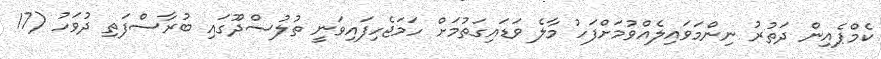
ކެމްޕެއިން ދަތުރު ނިންމަވައިލެއްވުމަށްފަހު މާލެ ވަޑައިގަތުމަށް ހަމަޖެހިފައިވަނީ ތުލުސްދޫގައި ބުރާސްފަތި ދުވަހު (17